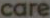
care